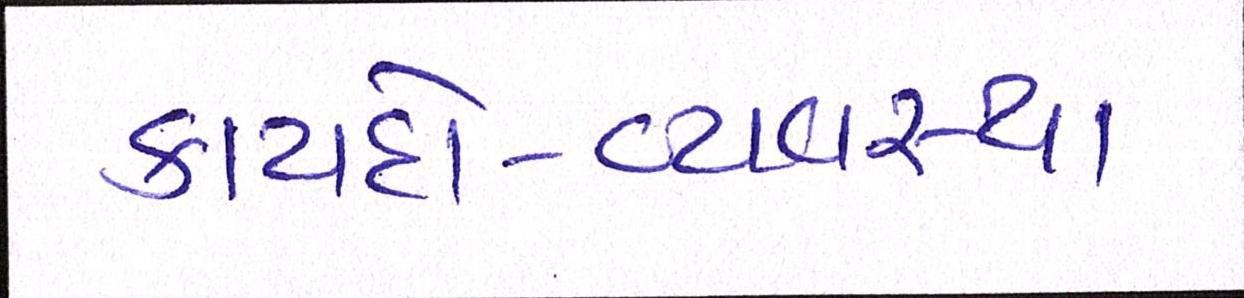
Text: કાયદો-વ્યવસ્થા